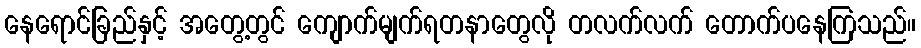
နေရောင်ခြည်နှင့် အတွေ့တွင် ကျောက်မျက်ရတနာတွေလို တလက်လက် တောက်ပနေကြသည်။